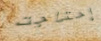
إحتاجت